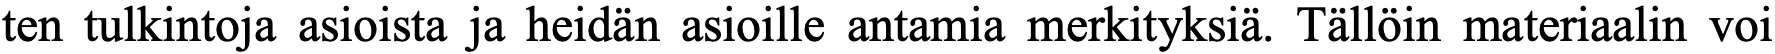
ten tulkintoja asioista ja heidän asioille antamia merkityksiä. Tällöin materiaalin voi